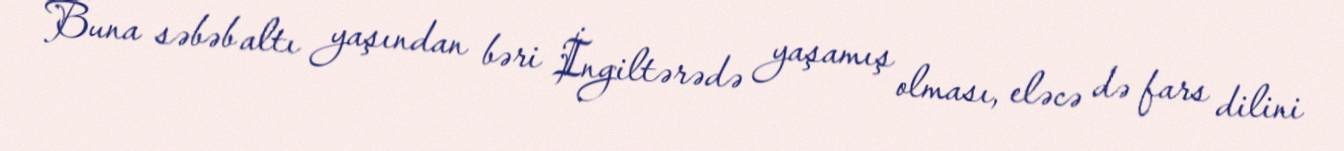
Buna səbəb altı yaşından bəri İngiltərədə yaşamış olması, eləcə də fars dilini